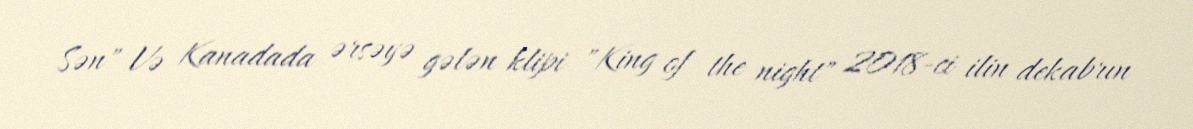
Sən" Və Kanadada ərsəyə gələn klipi "King of the night" 2018-ci ilin dekabrın